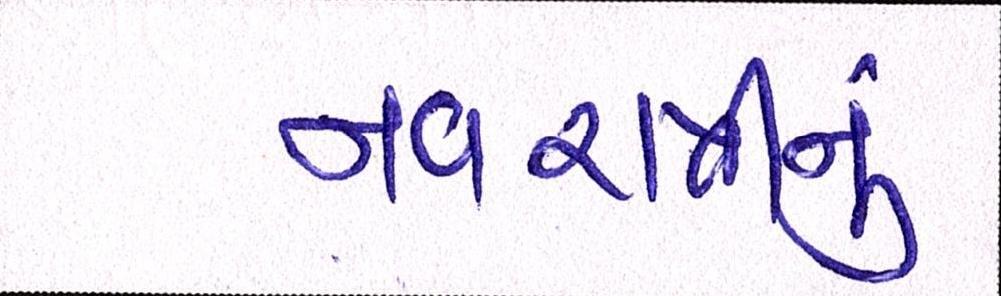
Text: નવરાત્રીનું